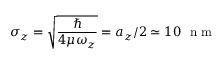
\sigma _ { z } = \sqrt { \frac { \hbar } { 4 \mu \omega _ { z } } } = a _ { z } / 2 \simeq 1 0 ~ \mathrm { ~ n ~ m ~ }